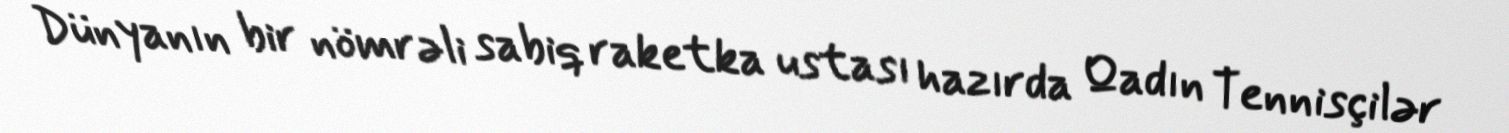
Dünyanın bir nömrəli sabiq raketka ustası hazırda Qadın Tennisçilər